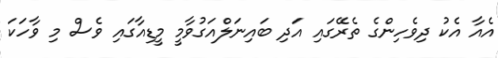
އެއާ އެކު ދިވެހިންގެ ތެރޭގައި އަދި ބައިނަލްއަގުވާމީ މީޑިއާގައި ވެސް މި ވާހަކަ